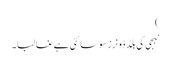
)
نبجی کی بلڈ ڈونرز سوسائٹی ہے غالبا۔